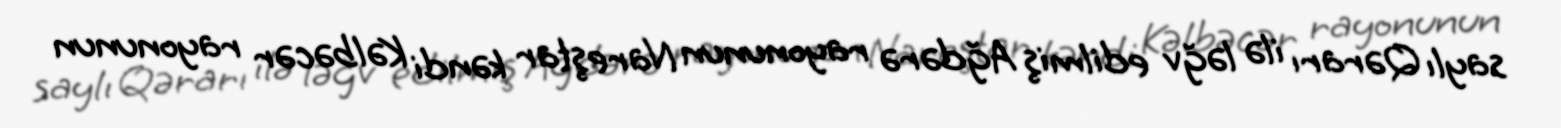
saylı Qərarı ilə ləğv edilmiş Ağdərə rayonunun Nareştar kəndi Kəlbəcər rayonunun